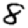
Digit: 8